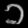
Digit: ၁